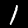
Digit: 1